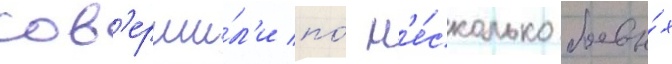
сов'ерши́л'и по́ н'е́сколько боевы́х